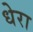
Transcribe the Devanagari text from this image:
धेरा